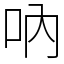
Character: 吶